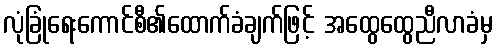
လုံခြုံရေးကောင်စီ၏ထောက်ခံချက်ဖြင့် အထွေထွေညီလာခံမှ